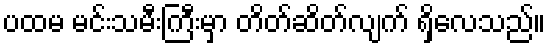
ပထမ မင်းသမီးကြီးမှာ တိတ်ဆိတ်လျက် ရှိလေသည်။